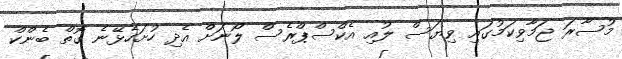
މުސާރަ ޖަމާވިކަމުގައި ވިޔަސް ލުއި އެކްސްޕްރެސް ލޯނަށް އެދި ހުށަހެޅޭނެ ގޮތް ބެންކް